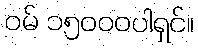
ဝမ် ၁၅၀၀၀ပါရှင်။